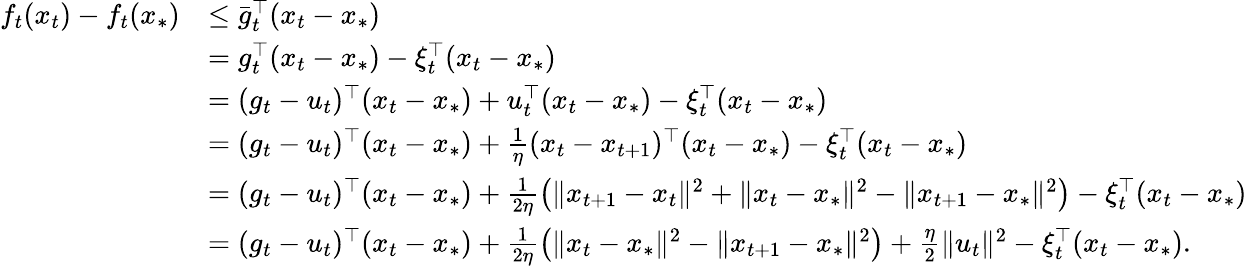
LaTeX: \begin{array}{rl}{f_{t}(x_{t})-f_{t}(x_{*})}&{\le\bar{g}_{t}^{\top}(x_{t}-x_{*})}\\ &{=g_{t}^{\top}(x_{t}-x_{*})-\xi_{t}^{\top}(x_{t}-x_{*})}\\ &{=(g_{t}-u_{t})^{\top}(x_{t}-x_{*})+u_{t}^{\top}(x_{t}-x_{*})-\xi_{t}^{\top}(x_{t}-x_{*})}\\ &{=(g_{t}-u_{t})^{\top}(x_{t}-x_{*})+\frac{1}{\eta}(x_{t}-x_{t+1})^{\top}(x_{t}-x_{*})-\xi_{t}^{\top}(x_{t}-x_{*})}\\ &{=(g_{t}-u_{t})^{\top}(x_{t}-x_{*})+\frac{1}{2\eta}\left(\lVert x_{t+1}-x_{t}\rVert^{2}+\lVert x_{t}-x_{*}\rVert^{2}-\lVert x_{t+1}-x_{*}\rVert^{2}\right)-\xi_{t}^{\top}(x_{t}-x_{*})}\\ &{=(g_{t}-u_{t})^{\top}(x_{t}-x_{*})+\frac{1}{2\eta}\left(\lVert x_{t}-x_{*}\rVert^{2}-\lVert x_{t+1}-x_{*}\rVert^{2}\right)+\frac{\eta}{2}\lVert u_{t}\rVert^{2}-\xi_{t}^{\top}(x_{t}-x_{*}).}\end{array}